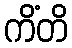
ကိံတိ